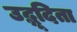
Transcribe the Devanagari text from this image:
उद्भूदिता